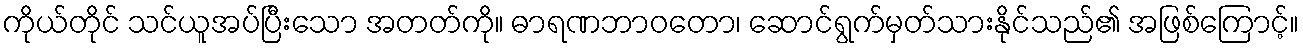
ကိုယ်တိုင် သင်ယူအပ်ပြီးသော အတတ်ကို။ ဓာရဏဘာဝတော၊ ဆောင်ရွက်မှတ်သားနိုင်သည်၏ အဖြစ်ကြောင့်။